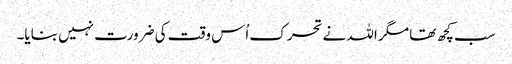
سب کچھ تھا مگر اللہ نے تحرک اُس وقت کی ضرورت نہیں بنایا۔